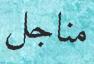
مناجل